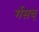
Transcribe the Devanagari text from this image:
र्गसच्